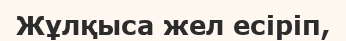
Жұлқыса жел есіріп,